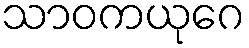
သာဝကယုဂေ